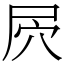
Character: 屄